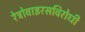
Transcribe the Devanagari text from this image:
रेट्रोवाइरसविरोधी